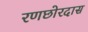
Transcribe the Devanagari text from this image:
रणछोरदास